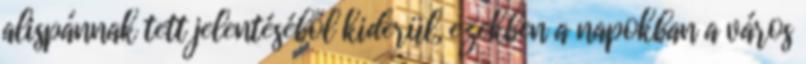
alispánnak tett jelentéséből kiderül, ezekben a napokban a város